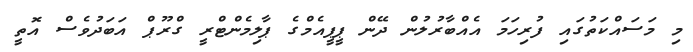
މި މަސައްކަތުގައި ފުރިހަމަ އެއްބާރުލުން ދޭން ޕީޕީއެމްގެ ޕާލިމެންޓްރީ ގްރޫޕް އަބަދުވެސް އޮތީ